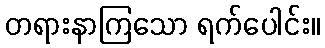
တရားနာကြသော ရက်ပေါင်း။